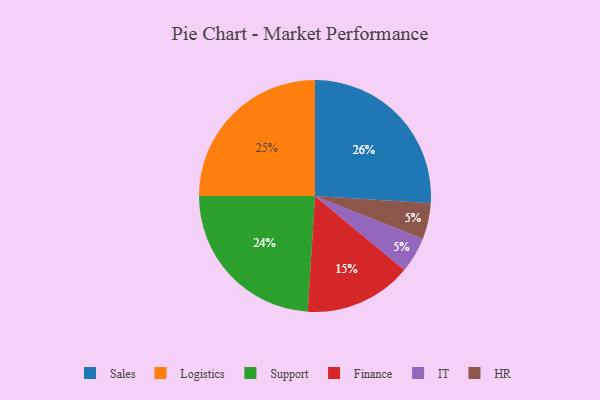
{"axis": {"x": "Category", "y": "Percentage"}, "legend": ["Finance", "HR", "IT", "Logistics", "Sales", "Support"], "data": [{"x": "Logistics", "y": 25, "type": "Logistics"}, {"x": "IT", "y": 5, "type": "IT"}, {"x": "Support", "y": 24, "type": "Support"}, {"x": "Sales", "y": 26, "type": "Sales"}, {"x": "HR", "y": 5, "type": "HR"}, {"x": "Finance", "y": 15, "type": "Finance"}]}